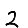
Digit: 2